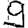
Digit: 9